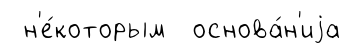
н'е́которым основа́н'иjа